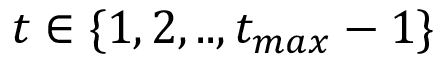
t \in \{ 1 , 2 , . . , t _ { m a x } - 1 \}